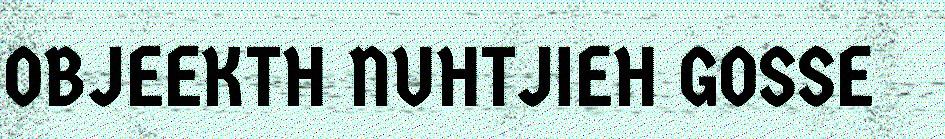
OBJEEKTH NUHTJIEH GOSSE